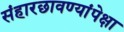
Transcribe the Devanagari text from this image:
संहारछावण्यांपेक्षा